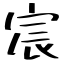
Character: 宸